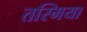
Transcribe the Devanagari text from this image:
तस्मिया